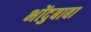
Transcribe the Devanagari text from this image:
भोंदुबाबा